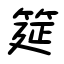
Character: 筵